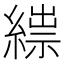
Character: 𦃒